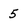
Character: 5